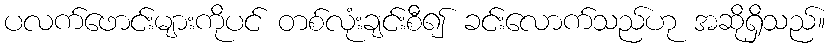
ပလက်ဖောင်းများကိုပင် တစ်လုံးချင်းစီ၍ ခင်းလောက်သည်ဟု အဆိုရှိသည်။